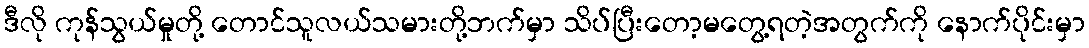
ဒီလို ကုန်သွယ်မှုတို့ တောင်သူလယ်သမားတို့ဘက်မှာ သိပ်ပြီးတော့မတွေ့ရတဲ့အတွက်ကို နောက်ပိုင်းမှာ